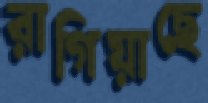
রাগিয়াছে